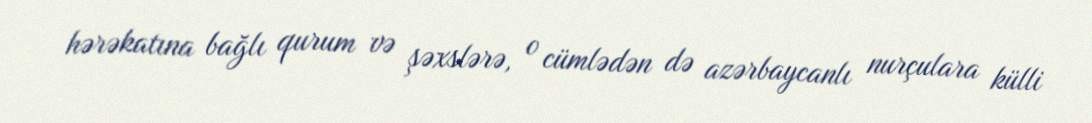
hərəkatına bağlı qurum və şəxslərə, o cümlədən də azərbaycanlı nurçulara külli